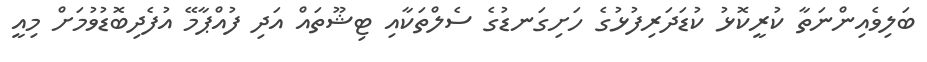
ބަލިވެއިންނަތާ ކުރީކޮޅު ކުޑަދަރިފުޅުގެ ހަށިގަނޑުގެ ސެލްތަކާއި ޓިޝޫތައް އަަދި ފުއްޕާމޭ އުފެދިބޮޑުވުމަށް މިއީ